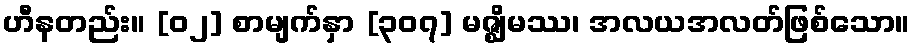
ဟီနတည်း။ [၀၂] စာမျက်နှာ [၃၀၇] မဇ္ဈိမဿ၊ အလယအလတ်ဖြစ်သော။